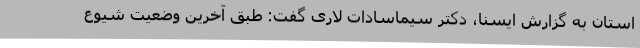
استان به گزارش ایسنا، دکتر سیماسادات لاری گفت: طبق آخرین وضعیت شیوع